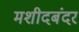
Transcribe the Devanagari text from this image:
मशीदबंदर